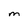
Character: m